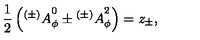
{ \frac { 1 } { 2 } } \left( { ^ { ( \pm ) } A } _ { \phi } ^ { 0 } \pm { ^ { ( \pm ) } A } _ { \phi } ^ { 2 } \right) = z _ { \pm } ,